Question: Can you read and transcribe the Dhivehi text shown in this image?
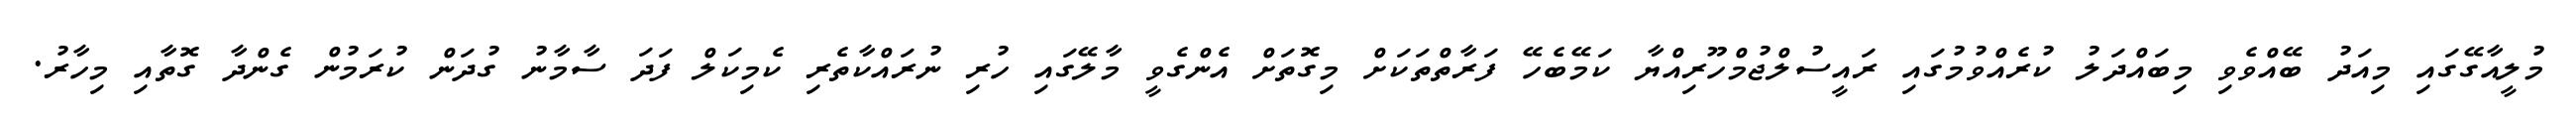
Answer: މުލީއާގޭގައި މިއަދު ބޭއްވެވި މިބައްދަލު ކުރެއްވުމުގައި ރައީސުލްޖުމްހޫރިއްޔާ ކަމޭބެހޭ ފަރާތްތަކަށް މިގޮތަށް އެންގެވީ މާލޭގައި ހުރި ނުރައްކާތެރި ކެމިކަލް ފަދަ ސާމާނު ގުދަން ކުރަމުން ގެންދާ ގޮތާއި މިހާރު.